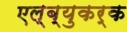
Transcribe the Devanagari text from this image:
एल्ब्युकर्क